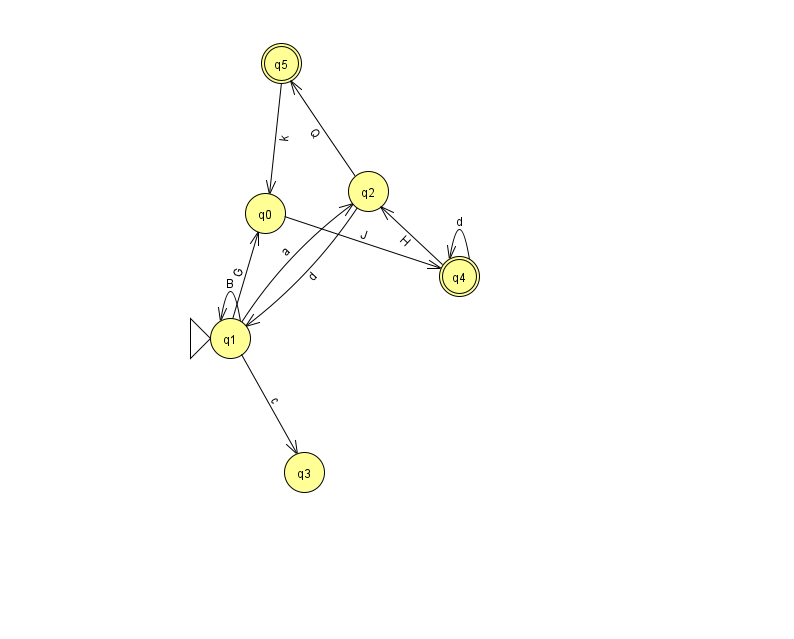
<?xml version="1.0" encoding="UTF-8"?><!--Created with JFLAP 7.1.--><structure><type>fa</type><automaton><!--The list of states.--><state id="0" name="q0"><x>265.0</x><y>200.0</y></state><state id="1" name="q1"><x>230.0</x><y>325.0</y><initial/></state><state id="2" name="q2"><x>368.0</x><y>178.0</y></state><state id="3" name="q3"><x>304.0</x><y>459.0</y></state><state id="4" name="q4"><x>459.0</x><y>263.0</y><final/></state><state id="5" name="q5"><x>281.0</x><y>50.0</y><final/></state><!--The list of transitions.--><transition><from>1</from><to>3</to><read>c</read></transition><transition><from>1</from><to>1</to><read>B</read></transition><transition><from>5</from><to>0</to><read>k</read></transition><transition><from>2</from><to>1</to><read>d</read></transition><transition><from>4</from><to>2</to><read>H</read></transition><transition><from>2</from><to>5</to><read>Q</read></transition><transition><from>4</from><to>4</to><read>d</read></transition><transition><from>1</from><to>2</to><read>a</read></transition><transition><from>1</from><to>0</to><read>G</read></transition><transition><from>0</from><to>4</to><read>J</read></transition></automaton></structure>